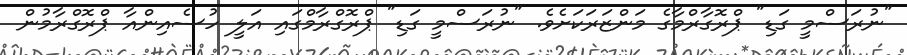
"ނުރަސްމީ ގަޑި" ޕްރޮގާރްމާގެ މަންޒަރަކަށެވެ. "ނުރަސްމީ ގަޑި" ޕްރޮގްރާމްގައި އަލީ ހުސެއިންއާ ޕްރޮގްރާމުން